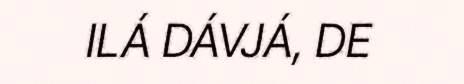
ILÁ DÁVJÁ, DE